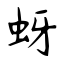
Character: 蚜